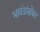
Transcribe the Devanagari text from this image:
भावंडांसोबत